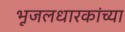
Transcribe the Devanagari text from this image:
भूजलधारकांच्या